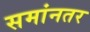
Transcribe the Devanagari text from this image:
समांनतर